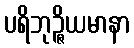
ပရိဘုဉ္ဇိယမာနာ